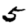
Digit: 5